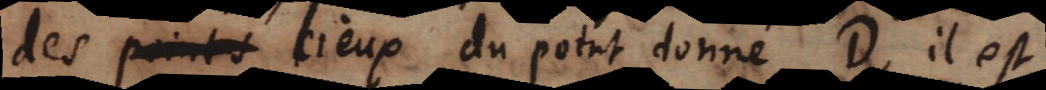
des points lieux du point donné D, il est